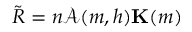
\tilde { R } = n \mathcal { A } ( m , h ) \mathbf { K } ( m )